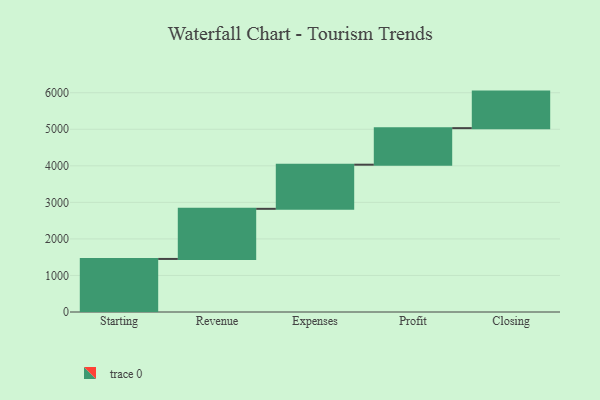
{"axis": {"x": "Step", "y": "Value"}, "legend": [""], "data": [{"x": "Starting", "y": 1452.0, "type": ""}, {"x": "Revenue", "y": 1371.0, "type": ""}, {"x": "Expenses", "y": 1208.0, "type": ""}, {"x": "Profit", "y": 1000, "type": ""}, {"x": "Closing", "y": 1000, "type": ""}]}